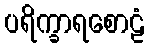
ပရိက္ခာရစောဠံ